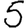
Digit: 5